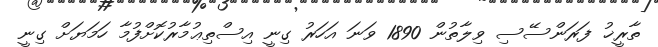
ތާރީޚު ފަރަންސޭސި ވިލާތުން 1890 ވަނަ އަހަރު ގިނީ އިސްތިޢުމާރުކޮށްފުމާ ހަމަޔަށް ގިނީ